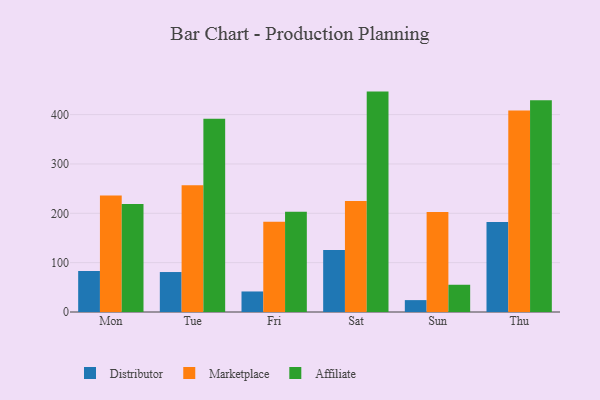
{"axis": {"x": "Day", "y": "Website Visitors"}, "legend": ["Affiliate", "Distributor", "Marketplace"], "data": [{"x": "Mon", "y": 83.1, "type": "Distributor"}, {"x": "Mon", "y": 236.1, "type": "Marketplace"}, {"x": "Mon", "y": 219.0, "type": "Affiliate"}, {"x": "Tue", "y": 81.0, "type": "Distributor"}, {"x": "Tue", "y": 257.0, "type": "Marketplace"}, {"x": "Tue", "y": 391.5, "type": "Affiliate"}, {"x": "Fri", "y": 41.6, "type": "Distributor"}, {"x": "Fri", "y": 182.9, "type": "Marketplace"}, {"x": "Fri", "y": 203.3, "type": "Affiliate"}, {"x": "Sat", "y": 125.5, "type": "Distributor"}, {"x": "Sat", "y": 224.9, "type": "Marketplace"}, {"x": "Sat", "y": 446.6, "type": "Affiliate"}, {"x": "Sun", "y": 24.1, "type": "Distributor"}, {"x": "Sun", "y": 202.7, "type": "Marketplace"}, {"x": "Sun", "y": 55.2, "type": "Affiliate"}, {"x": "Thu", "y": 182.4, "type": "Distributor"}, {"x": "Thu", "y": 408.4, "type": "Marketplace"}, {"x": "Thu", "y": 429.0, "type": "Affiliate"}]}